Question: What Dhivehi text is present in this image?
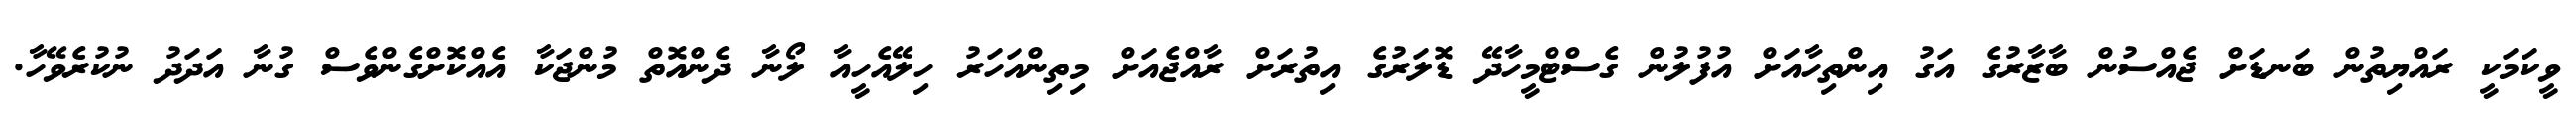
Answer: ވީކަމަކީ ރައްޔިތުން ބަނޑަށް ޖެއްސުން ބާޒާރުގެ އަގު އިންތިހާއަށް އުފުލުން ގެސްޓްމީހާދޭ ޑޮލަރުގެ އިތުރަށް ރާއްޖެއަށް މިތިންއަހަރު ހިލޭއެހީއާ ލޯނާ ދެންއޮތް މުންޖަކާ އެއްކޮށްގެންވެސް ގުނާ އަދަދު ނުކުރެވޭހާ.